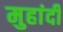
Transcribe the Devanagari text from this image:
मुहांदी